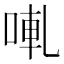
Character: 𠵣